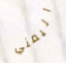
اليمني